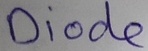
Text: Diode